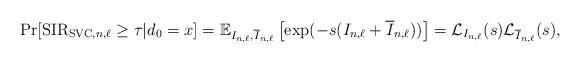
LaTeX: \begin{align*}\Pr[{\rm SIR}_{{\rm SVC},n,\ell}\geq \tau|d_0=x]= \mathbb E_{I_{n,\ell},\overline{I}_{n,\ell}}\left[\exp(-s(I_{n,\ell}+\overline{I}_{n,\ell}))\right]=\mathcal L_{I_{n,\ell}}(s) \mathcal L_{\overline{I}_{n,\ell}}(s),\end{align*}